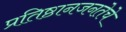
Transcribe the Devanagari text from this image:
प्रतिष्ठानजनतेचे